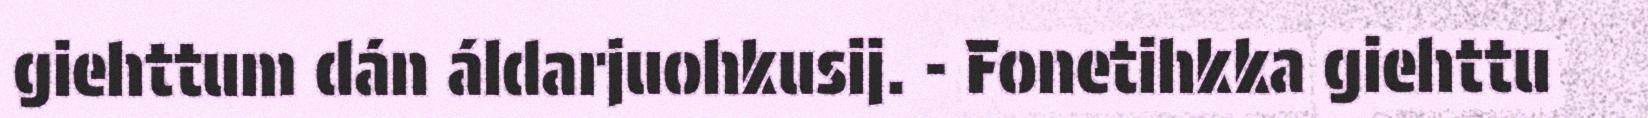
giehttum dán áldarjuohkusij. - Fonetihkka giehttu